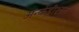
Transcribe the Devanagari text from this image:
अन्कंडीश्नल